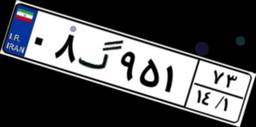
۷۰گ۱۰۲۷۹